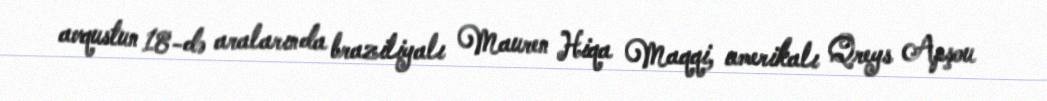
avqustun 18-də aralarında braziliyalı Mauren Hiqa Maqqi, amerikalı Qreys Apşou